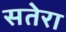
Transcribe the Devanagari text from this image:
सतेरा